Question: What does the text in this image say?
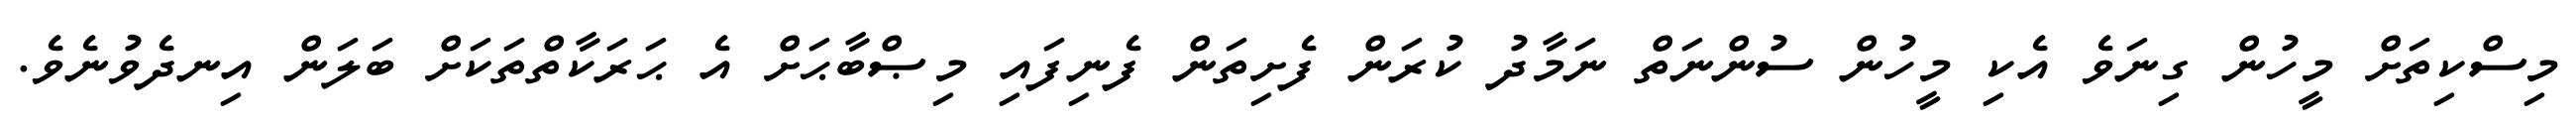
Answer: މިސްކިތަށް މީހުން ގިނަވެ އެކި މީހުން ސުންނަތް ނަމާދު ކުރަން ފެށިތަން ފެނިފައި މިޞްބާޙަށް އެ ޙަރަކާތްތަކަށް ބަލަން އިނދެވުނެވެ.